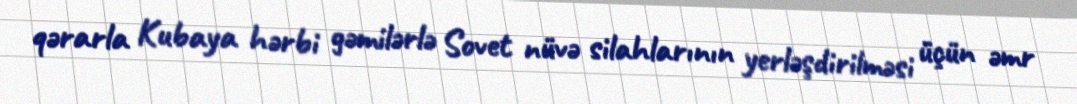
qərarla Kubaya hərbi gəmilərlə Sovet nüvə silahlarının yerləşdirilməsi üçün əmr